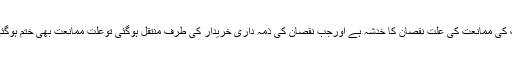
اس روایت کی روشنی میں ان کا کہنا ہے کہ قبضہ سے قبل فروخت کی ممانعت کی علّت نقصان کا خدشہ ہے اورجب نقصان کی ذمہ داری خریدار کی طرف منتقل ہوگئی توعلّتِ ممانعت بھی ختم ہوگئی لہٰذا اس صورت میں قبضہ ومنتقلی سے قبل فروخت کرناجائز ہوا۔